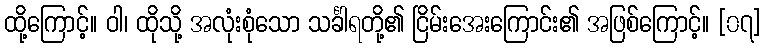
ထို့ကြောင့်။ ဝါ၊ ထိုသို့ အလုံးစုံသော သင်္ခါရတို့၏ ငြိမ်းအေးကြောင်း၏ အဖြစ်ကြောင့်။ [၀၇]